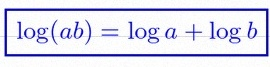
\log(ab)=\log a+\log b